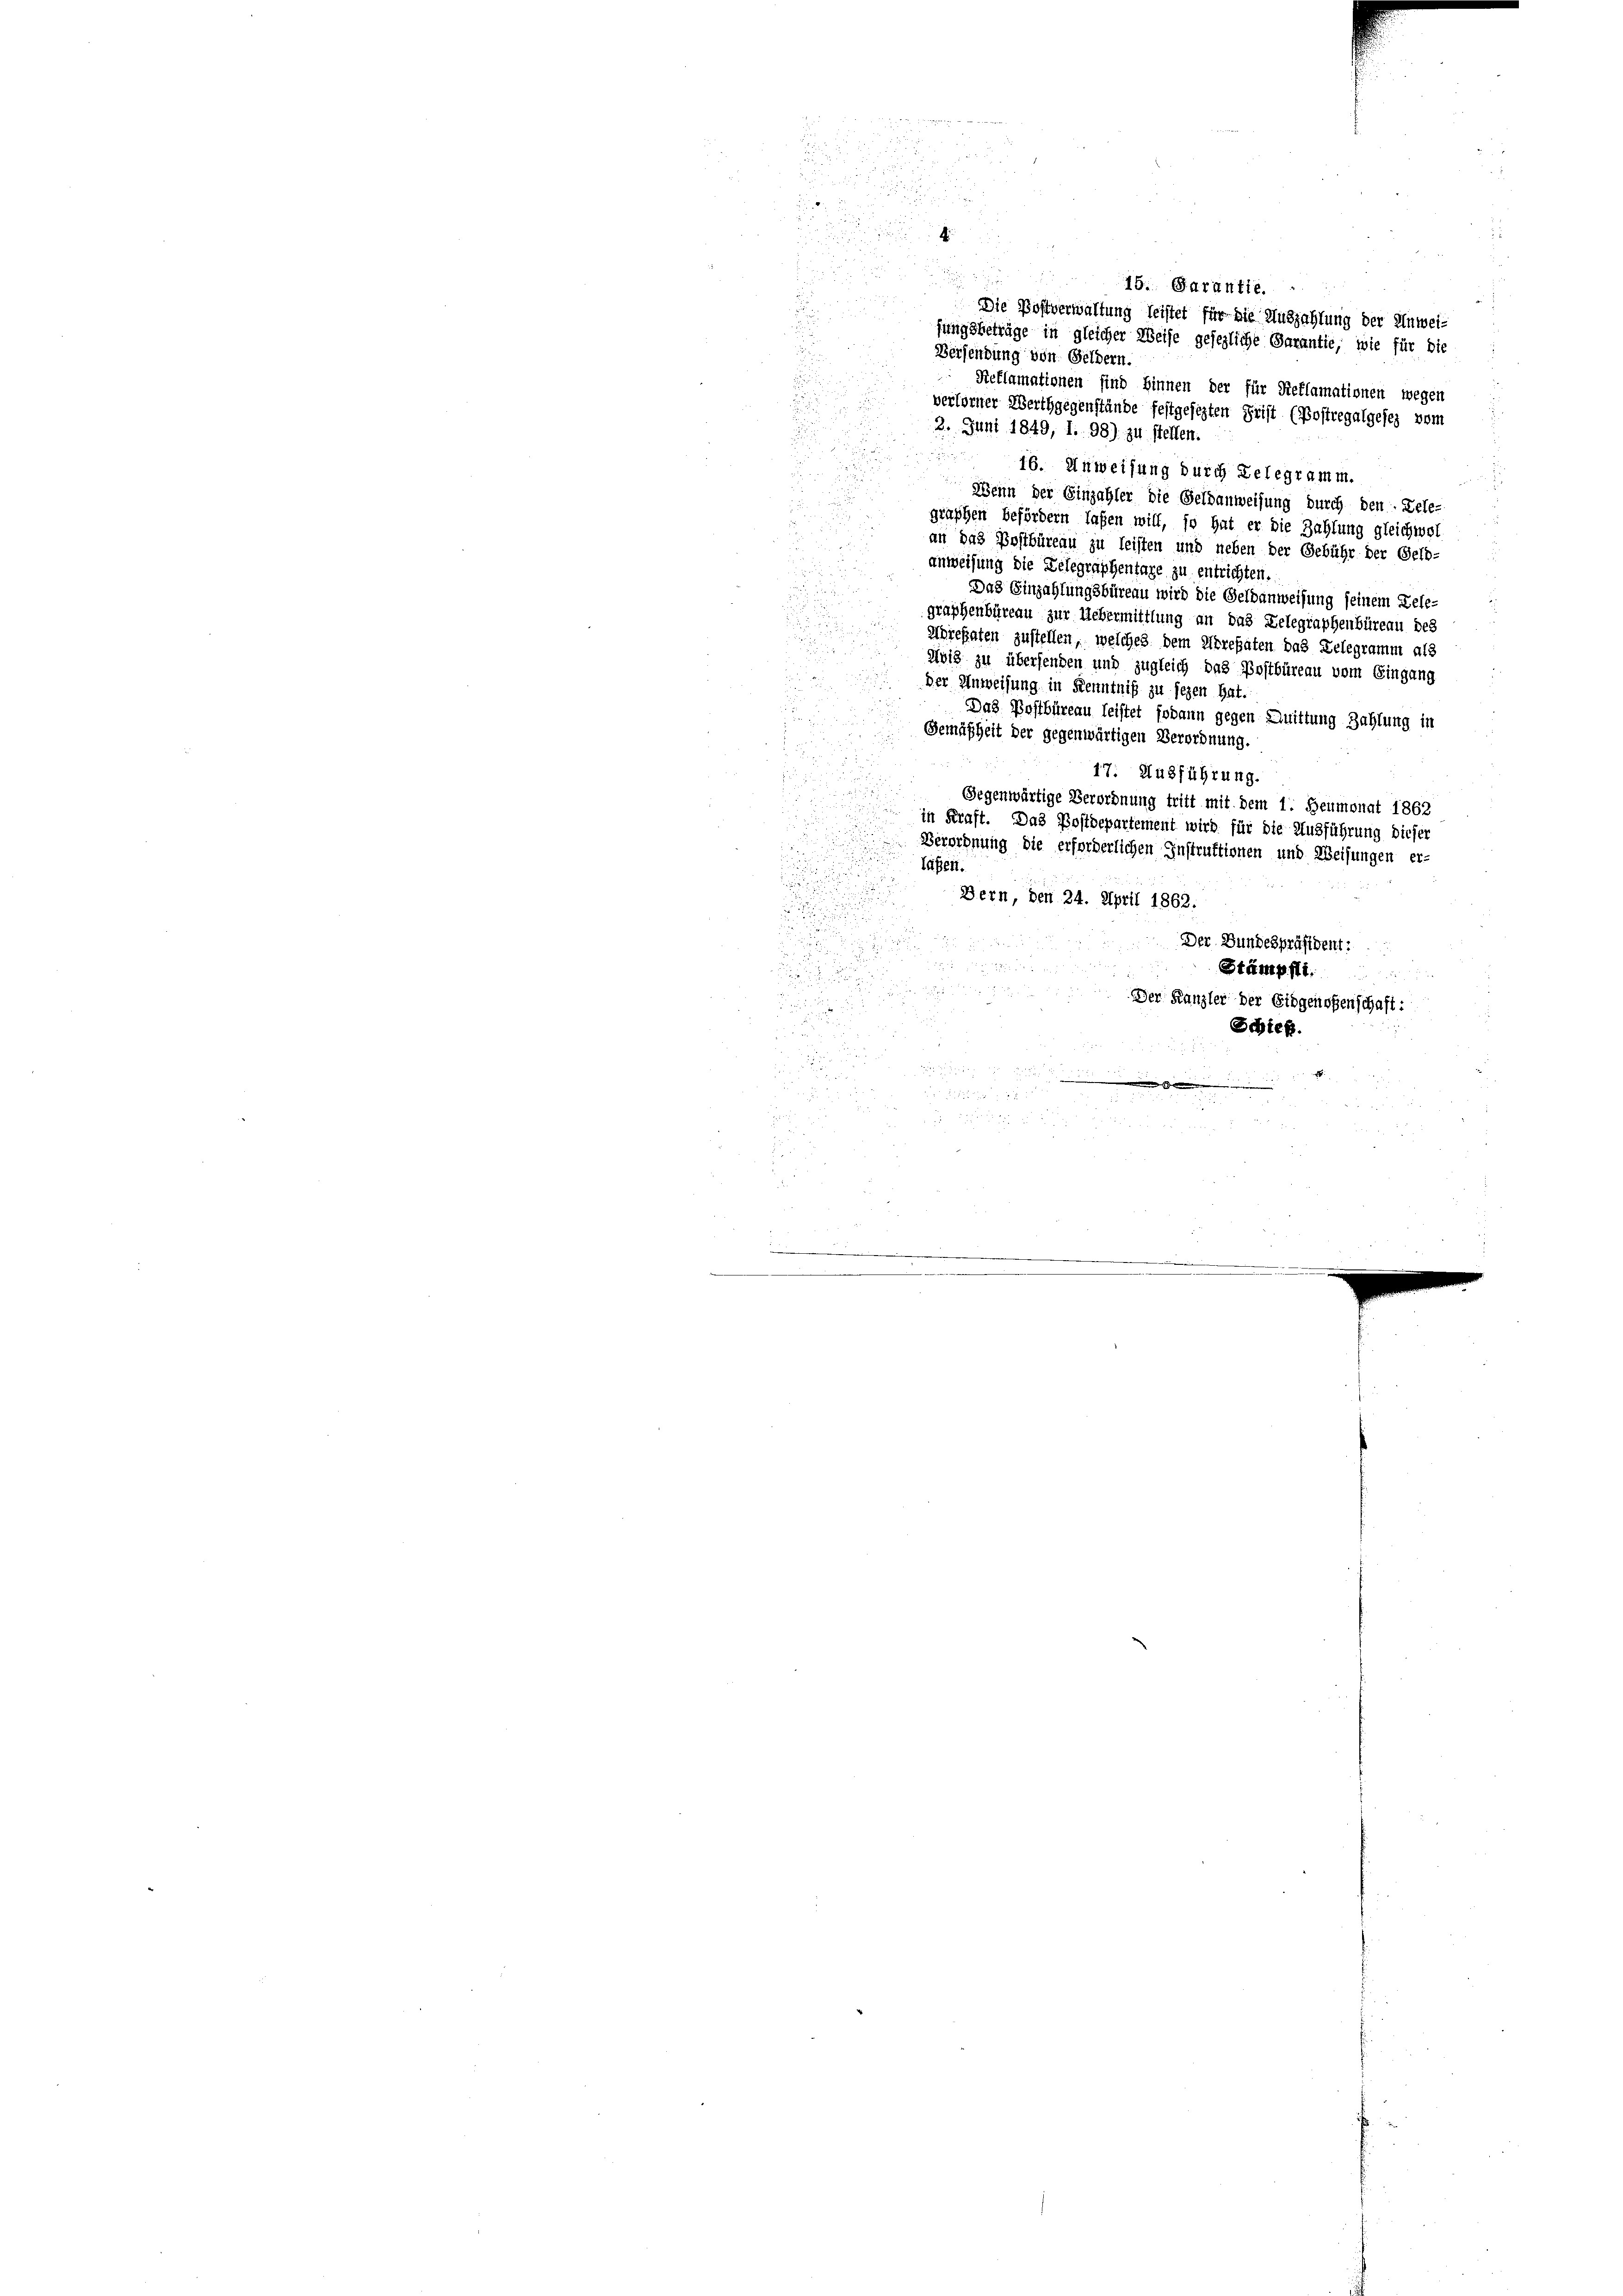
1914 x

u
2
.

5 x
i
15. Garantie.

Die Postverwaltung leistet für die Auszahlung der Unweifungsbeträge in gleicher Weise gesezliche Garantie, wie für die
Versendung von Geldern.
t
Reflamationen sind hinnen der für Reklamationen wegen
verlorner Werthgegenstände festgesezten Frist (Postregalgeses vom
2. Juni 1849, 1. 98) zu stellen.
 16. Anweisung durch Gelegramm.
Wenn der Einzahler die Geldanweisung durch den Dele-
graphen befördern laßen will, so hat er die Zahlung gleichwol
an das Postbüreau zu leisten und neben der Gebühr der Geld-
anweisung die Delegraphentage zu entrichten.
Das Einzahlungsbüreau wird die Geldanweisung seinem Dele-
graphenbüreau zur Uebermittlung an das Delegraphenbüreau des
u
Mörehaten zustellen, welches dem Errefaten das Telegramm als
ebis zu übersenden und zugleich das Postbüreau vom Eingang

der Anweisung in Kenntniß zu sezen hat.
Das Postbüreau leistet sodann gegen Quittung Zahlung in
d
Gemäßheit der gegenwärtigen Verordnung.
u
17. Ausführung.

Gegenwärtige Verordnung tritt mit dem 1. Heumonat 1862

 in Kraft. Das Postdepartement wird für die Ausführung dieser
.
Verordnung die erforderlichen Instruktionen und Weisungen er-
tägen.
n
Dern, den 24. April 1862:

Der Bundespräsident:
8
Stämpft.

x
Der Kanzler der Eidgenoßenschaft:

.
.
Schieß.
22
u

.

 8 45

e
s

F